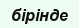
бірінде